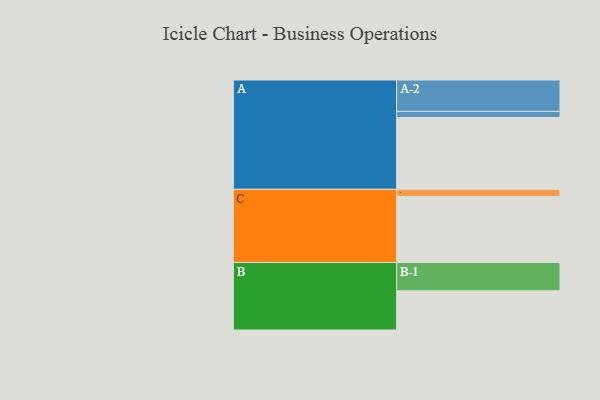
{"axis": {"x": "Segment", "y": "Value"}, "legend": ["", "A", "B", "C"], "data": [{"x": "A", "y": 586, "type": ""}, {"x": "B", "y": 320, "type": ""}, {"x": "C", "y": 539, "type": ""}, {"x": "A-1", "y": 50, "type": "A"}, {"x": "A-2", "y": 256, "type": "A"}, {"x": "B-1", "y": 231, "type": "B"}, {"x": "C-1", "y": 58, "type": "C"}]}